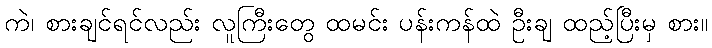
ကဲ၊ စားချင်ရင်လည်း လူကြီးတွေ ထမင်း ပန်းကန်ထဲ ဦးချ ထည့်ပြီးမှ စား။